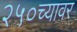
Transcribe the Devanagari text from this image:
२५०च्यावर